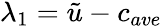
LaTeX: \lambda_{1}=\tilde{u}-c_{ave}